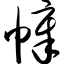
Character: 幛